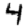
Digit: 4